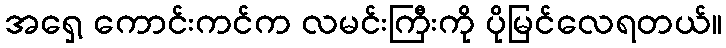
အရှေ့ ကောင်းကင်က လမင်းကြီးကို ပိုမြင်လေရတယ်။